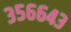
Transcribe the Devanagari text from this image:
३५६६४३